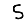
Digit: 5